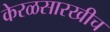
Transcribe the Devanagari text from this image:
केरळसारखीच